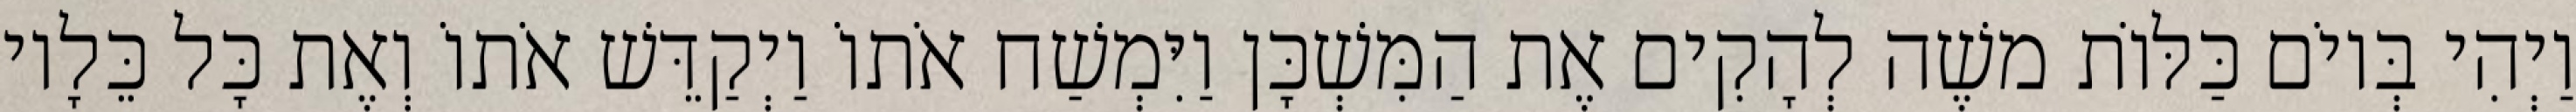
וַיְהִי בְּיוֹם כַּלּוֹת משֶׁה לְהָקִים אֶת הַמִּשְׁכָּן וַיִּמְשַׁח אֹתוֹ וַיְקַדֵּשׁ אֹתוֹ וְאֶת כָּל כֵּלָיו